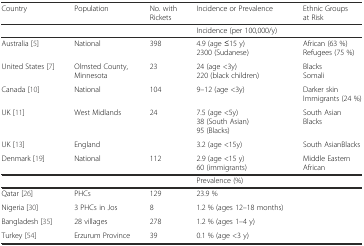
| Country | Population | No. with Rickets | Incidence or Prevalence | Ethnic Groups at Risk |
 | --- | --- | --- | --- | --- |
 |  |  |  | <COLSPAN=2> Incidence (per 100,000/y) |
 | Australia [5] | National | 398 | 4.9 (age ≤15 y)2300 (Sudanese) | African (63 %)Refugees (75 %) |
 | United States [7] | Olmsted County, Minnesota | 23 | 24 (age <3y)220 (black children) | BlacksSomali |
 | Canada [10] | National | 104 | 9–12 (age <3y) | Darker skinImmigrants (24 %) |
 | UK [11] | West Midlands | 24 | 7.5 (age <5y)38 (South Asian)95 (Blacks) | South AsianBlacks |
 | UK [13] | England |  | 3.2 (age <15y) | South AsianBlacks |
 | Denmark [19] | National | 112 | 2.9 (age <15 y)60 (immigrants) | Middle EasternAfrican |
 |  |  |  | Prevalence (%) |  |
 | Qatar [26] | PHCs | 129 | 23.9 % |  |
 | Nigeria [30] | 3 PHCs in Jos | 8 | 1.2 % (ages 12–18 months) |  |
 | Bangladesh [35] | 28 villages | 278 | 1.2 % (ages 1–4 y) |  |
 | Turkey [54] | Erzurum Province | 39 | 0.1 % (age <3 y) |  |